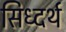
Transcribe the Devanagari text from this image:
सिध्दर्थ